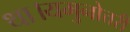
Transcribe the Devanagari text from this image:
था।यमुनोत्तरी